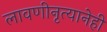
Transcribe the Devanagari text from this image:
लावणीनृत्यानेही